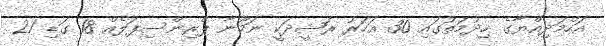
އަހްމަދިއްޔާގެ ޚިދުމަތުގައި 30 އަހަރު ރަޝީދަކީ ނަމޫނާ ޕްރިންސިޕަލެއް 18 ގަޑި 21